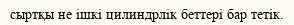
сыртқы не ішкі цилиндрлік беттері бар тетік.